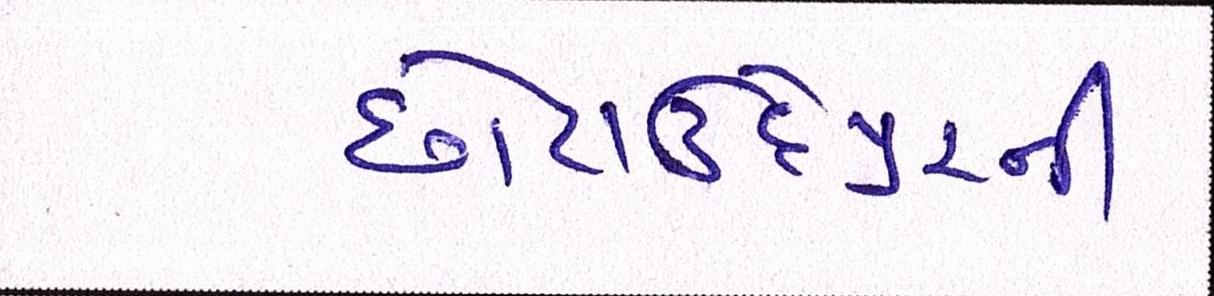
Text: છોટાઉદેપુરની